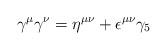
LaTeX: \begin{align*}\gamma^{\mu}\gamma^{\nu} = \eta^{\mu\nu} + \epsilon^{\mu\nu}\gamma_{5}\end{align*}